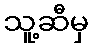
သူ့ဆီမှ